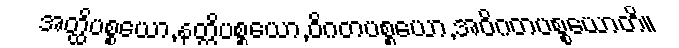
အတ္ထိပစ္စယော,နတ္ထိပစ္စယော,ဝိဂတပစ္စယော,အဝိဂတပစ္စယောတိ။